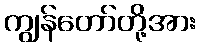
ကျွန်တော်တို့အား